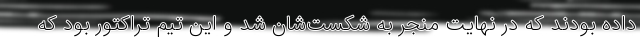
داده بودند که در نهایت منجر به شکست‌شان شد و این تیم تراکتور بود که